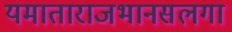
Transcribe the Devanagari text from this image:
यमाताराजभानसलगा